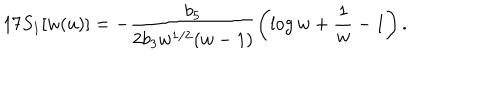
1 7 S _ { 1 } [ w ( u ) ] = - \frac { b _ { 5 } } { 2 b _ { 3 } w ^ { 1 / 2 } ( w - 1 ) } \left( \log w + \frac { 1 } { w } - 1 \right) .